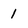
Character: 1